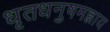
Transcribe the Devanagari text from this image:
धृतधनुषमह्नाय